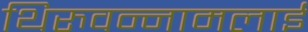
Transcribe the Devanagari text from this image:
थिरुवन्नामलाई